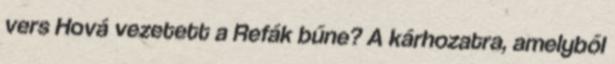
vers Hová vezetett a Refák bűne? A kárhozatra, amelyből